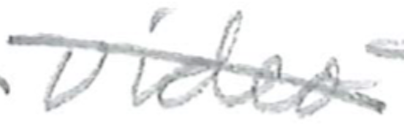
Text: video
Cross-out: diagonal
Writing tool: pencil